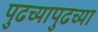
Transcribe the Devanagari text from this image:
पुढच्यापुढच्या